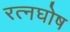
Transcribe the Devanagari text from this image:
रत्नघोष